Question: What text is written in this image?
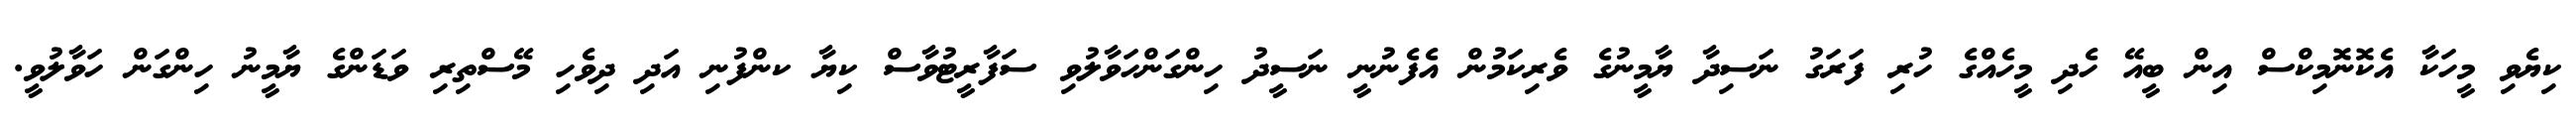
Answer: ކިޔެވި މީހަކާ އެކޮނޮމިކްސް އިން ބީއޭ ހެދި މީހެއްގެ ހުރި ފަރަގު ނަސިދާ ޔާމީނުގެ ވެރިކަމުން އެފެނުނީ ނަސީދު ހިންގަންހަވާލުވި ސަފާރީޓުވާސް ކިޔާ ކންފުނި އަދި ދިވެހި މޭސްތިރި ވަޑަންގެ ޔާމީނު ހިންގަން ހަވާލުވީ.